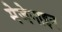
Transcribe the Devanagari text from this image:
मेजेनाइन